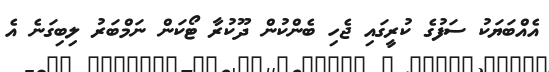
އެއްބަޔަކު ސަފުގެ ކުރީގައި ޖެހި ބެންކުން ދޫކުރާ ޓޯކަން ނަމްބަރު ލިބިގަނެ އެ